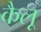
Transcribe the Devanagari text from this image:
कैलू